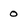
Character: 0